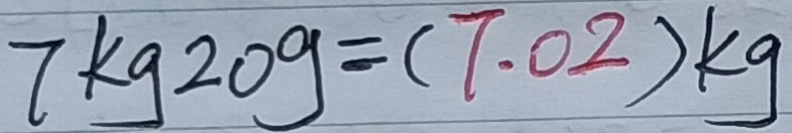
7 k g 2 0 g = ( 7 . 0 2 ) k g